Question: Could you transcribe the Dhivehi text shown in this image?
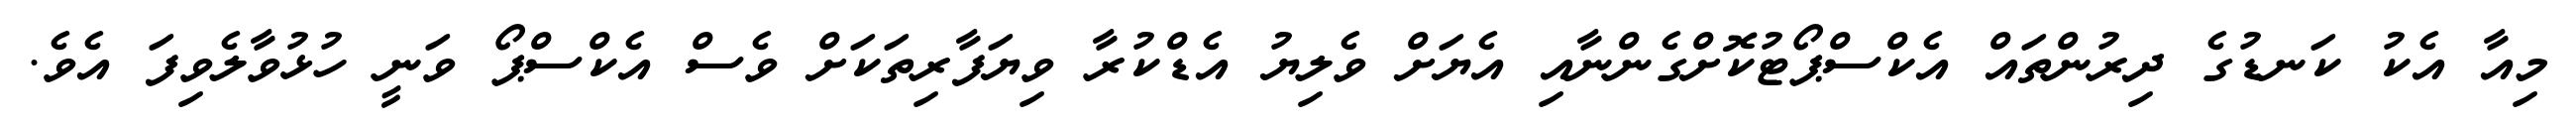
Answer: މިއާ އެކު ކަނޑުގެ ދިރުންތައް އެކްސްޕޯޓުކޮށްގެންނާއި އެޔަށް ވެލިޔު އެޑްކުރާ ވިޔަފާރިތަކަށް ވެސް އެކްސްޕޯ ވަނީ ހުޅުވާލެވިފަ އެވެ.